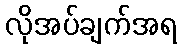
လိုအပ်ချက်အရ